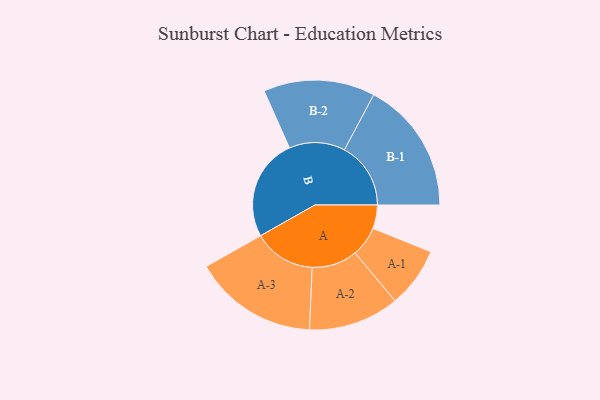
{"axis": {"x": "Segment", "y": "Value"}, "legend": ["", "A", "B"], "data": [{"x": "A", "y": 100, "type": ""}, {"x": "B", "y": 434, "type": ""}, {"x": "A-1", "y": 128, "type": "A"}, {"x": "A-2", "y": 193, "type": "A"}, {"x": "A-3", "y": 264, "type": "A"}, {"x": "B-1", "y": 282, "type": "B"}, {"x": "B-2", "y": 237, "type": "B"}]}